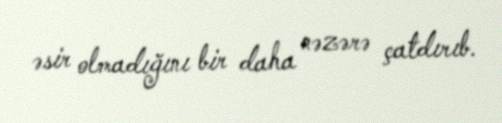
əsir olmadığını bir daha nəzərə çatdırıb.